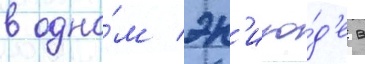
в одно́м эп'изо́д'е в